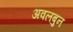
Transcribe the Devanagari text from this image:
अवलबुन